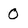
Character: O